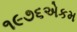
૧૯૭૬એકમ